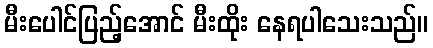
မီးပေါင်ပြည့်အောင် မီးထိုး နေရပါသေးသည်။